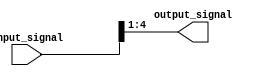
module bit_select_assign (
    input [7:0] input_signal,
    output [3:0] output_signal
);

assign output_signal[3:0] = input_signal[4:1];

endmodule